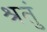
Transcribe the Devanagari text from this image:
श्रतुं